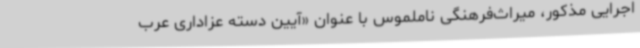
اجرایی مذکور، میراث‌فرهنگی ناملموس با عنوان «آیین دسته عزاداری عرب